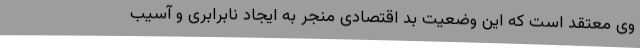
وی معتقد است که این وضعیت بد اقتصادی منجر به ایجاد نابرابری و آسیب